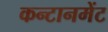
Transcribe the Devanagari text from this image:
कन्टानमेंट